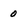
Character: o